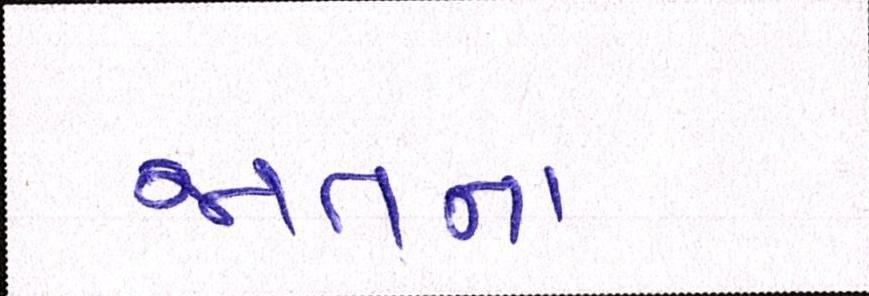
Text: જાતના